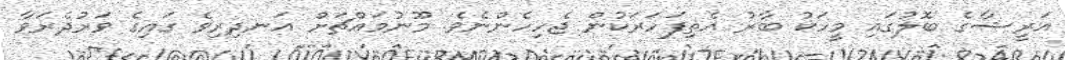
އަރީޝާގެ ބޮލުގައި މީހަކު ބާރު އެތިފަހަރަކުން ޖެހިހެންނެވެ. މޫނުމައްޗަށް އަނދިރިވެ ގައިގެ ވަރުދެރަވާ